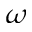
\omega